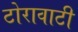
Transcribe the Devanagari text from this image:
टोरावाटी